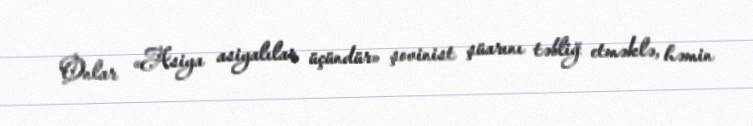
Onlar «Asiya asiyalılar üçündür» şovinist şüarını təbliğ etməklə, həmin